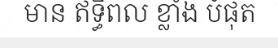
មាន ឥទ្ធិពល ខ្លាំង បំផុត